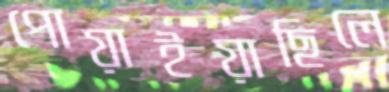
পোয়াইয়াছিলে